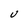
Character: U